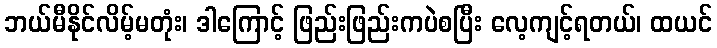
ဘယ်မီနိုင်လိမ့်မတုံး၊ ဒါကြောင့် ဖြည်းဖြည်းကပဲစပြီး လေ့ကျင့်ရတယ်၊ ထယင်